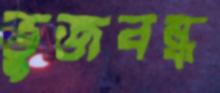
ভুজবন্ধ